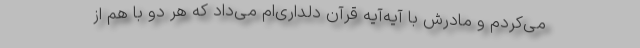
می‌کردم و مادرش با آیه‌آیه قرآن دلداری‌ام می‌داد که هر دو با هم از